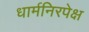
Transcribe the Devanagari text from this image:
धार्मनिरपेक्ष